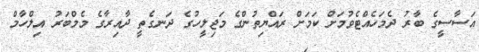
އަސާސީގެ ބާރު ދެމަހެއްޓެވުމަށް ކަމަށް ރައްޔިތުންގެ މަޖިލީހުގެ ދަނގެތީ ދާއިރާގެ މެމްބަރު އިލްހާމް